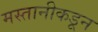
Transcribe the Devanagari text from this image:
मस्तानीकडून